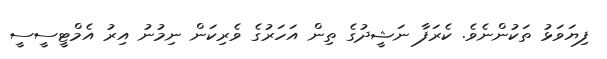
ފިޔަވަޅު ތަކުންނެވެ. ކެރަފާ ނަޝީދުގެ ތިން އަހަރުގެ ވެރިކަން ނިމުނު އިރު އެމްޓީސީސީ